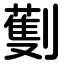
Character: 劐